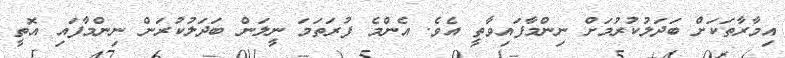
އިމާރާތަކަށް ބަދަލުކުރުމަށް ނިންމާފައިވާތީ އެވެ. އެންމެ ފުރަތަމަ ނީލަން ބަދަލުކުރަން ނިންމާފައި އޮތީ